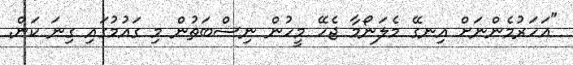
"އަހަރުމެންނަށް އިނގޭ މެލަނޯމާ ޖެހޭ މީހުން ނިސްބަތުން މި ގައުމުގައި ގިނަ ކަން.